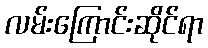
လမ်းကြောင်းဆိုင်ရာ